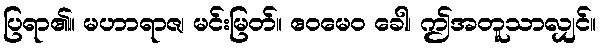
ပြရာ၏။ မဟာရာဇ၊ မင်းမြတ်။ ဧဝမေဝ ခေါ၊ ဤအတူသာလျှင်။